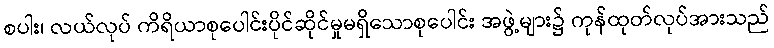
စပါး၊ လယ်လုပ် ကိရိယာစုပေါင်းပိုင်ဆိုင်မှုမရှိသောစုပေါင်း အဖွဲ့များ၌ ကုန်ထုတ်လုပ်အားသည်